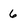
Character: 6